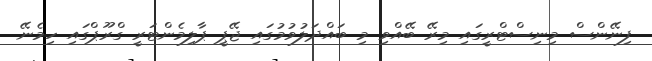
ފިނޭންސް މިނިސްޓްރީގައި މިރޭ ބޭއްވި މި ބައްދަލުވުމުގައި ޖޭޕީ ޕާލިމެންޓަރީ ގްރޫޕްގައި ހިމެނޭ